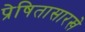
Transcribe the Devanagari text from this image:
प्रेषितासारखे